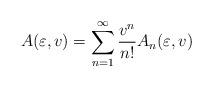
LaTeX: \begin{align*}A(\varepsilon,v)=\sum_{n=1}^\infty {v^n\over n!}A_n(\varepsilon,v)\end{align*}